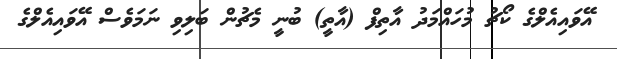
އޭވައިއެލްގެ ކޯޗު މުހައްމަދު އާތިފް (އާތީ) ބުނީ މެޗުން ބަލިވި ނަމަވެސް އޭވައިއެލްގެ